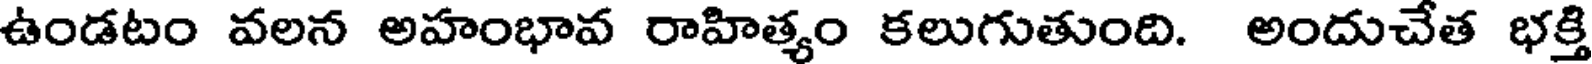
ఉండటం వలన అహంభావ రాహిత్యం కలుగుతుంది. అందుచేత భక్తి